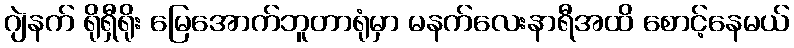
ဂျဲနက် ရိုရှီရိုး မြေအောက်ဘူတာရုံမှာ မနက်လေးနာရီအထိ စောင့်နေမယ်